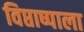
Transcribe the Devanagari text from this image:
विप्ताष्पाला